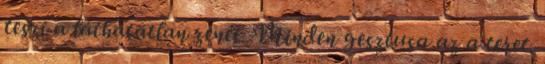
teszi a láthatatlan zenét. Minden gesztusa az a teret.